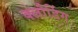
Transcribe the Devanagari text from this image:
क्लौडिंग